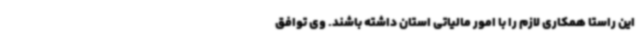
این راستا همکاری لازم را با امور مالیاتی استان داشته باشند. وی توافق